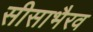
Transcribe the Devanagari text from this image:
सीसाभैरव